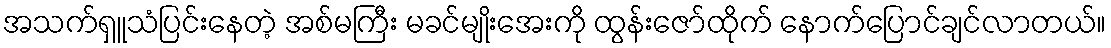
အသက်ရှူသံပြင်းနေတဲ့ အစ်မကြီး မခင်မျိုးအေးကို ထွန်းဇော်ထိုက် နောက်ပြောင်ချင်လာတယ်။